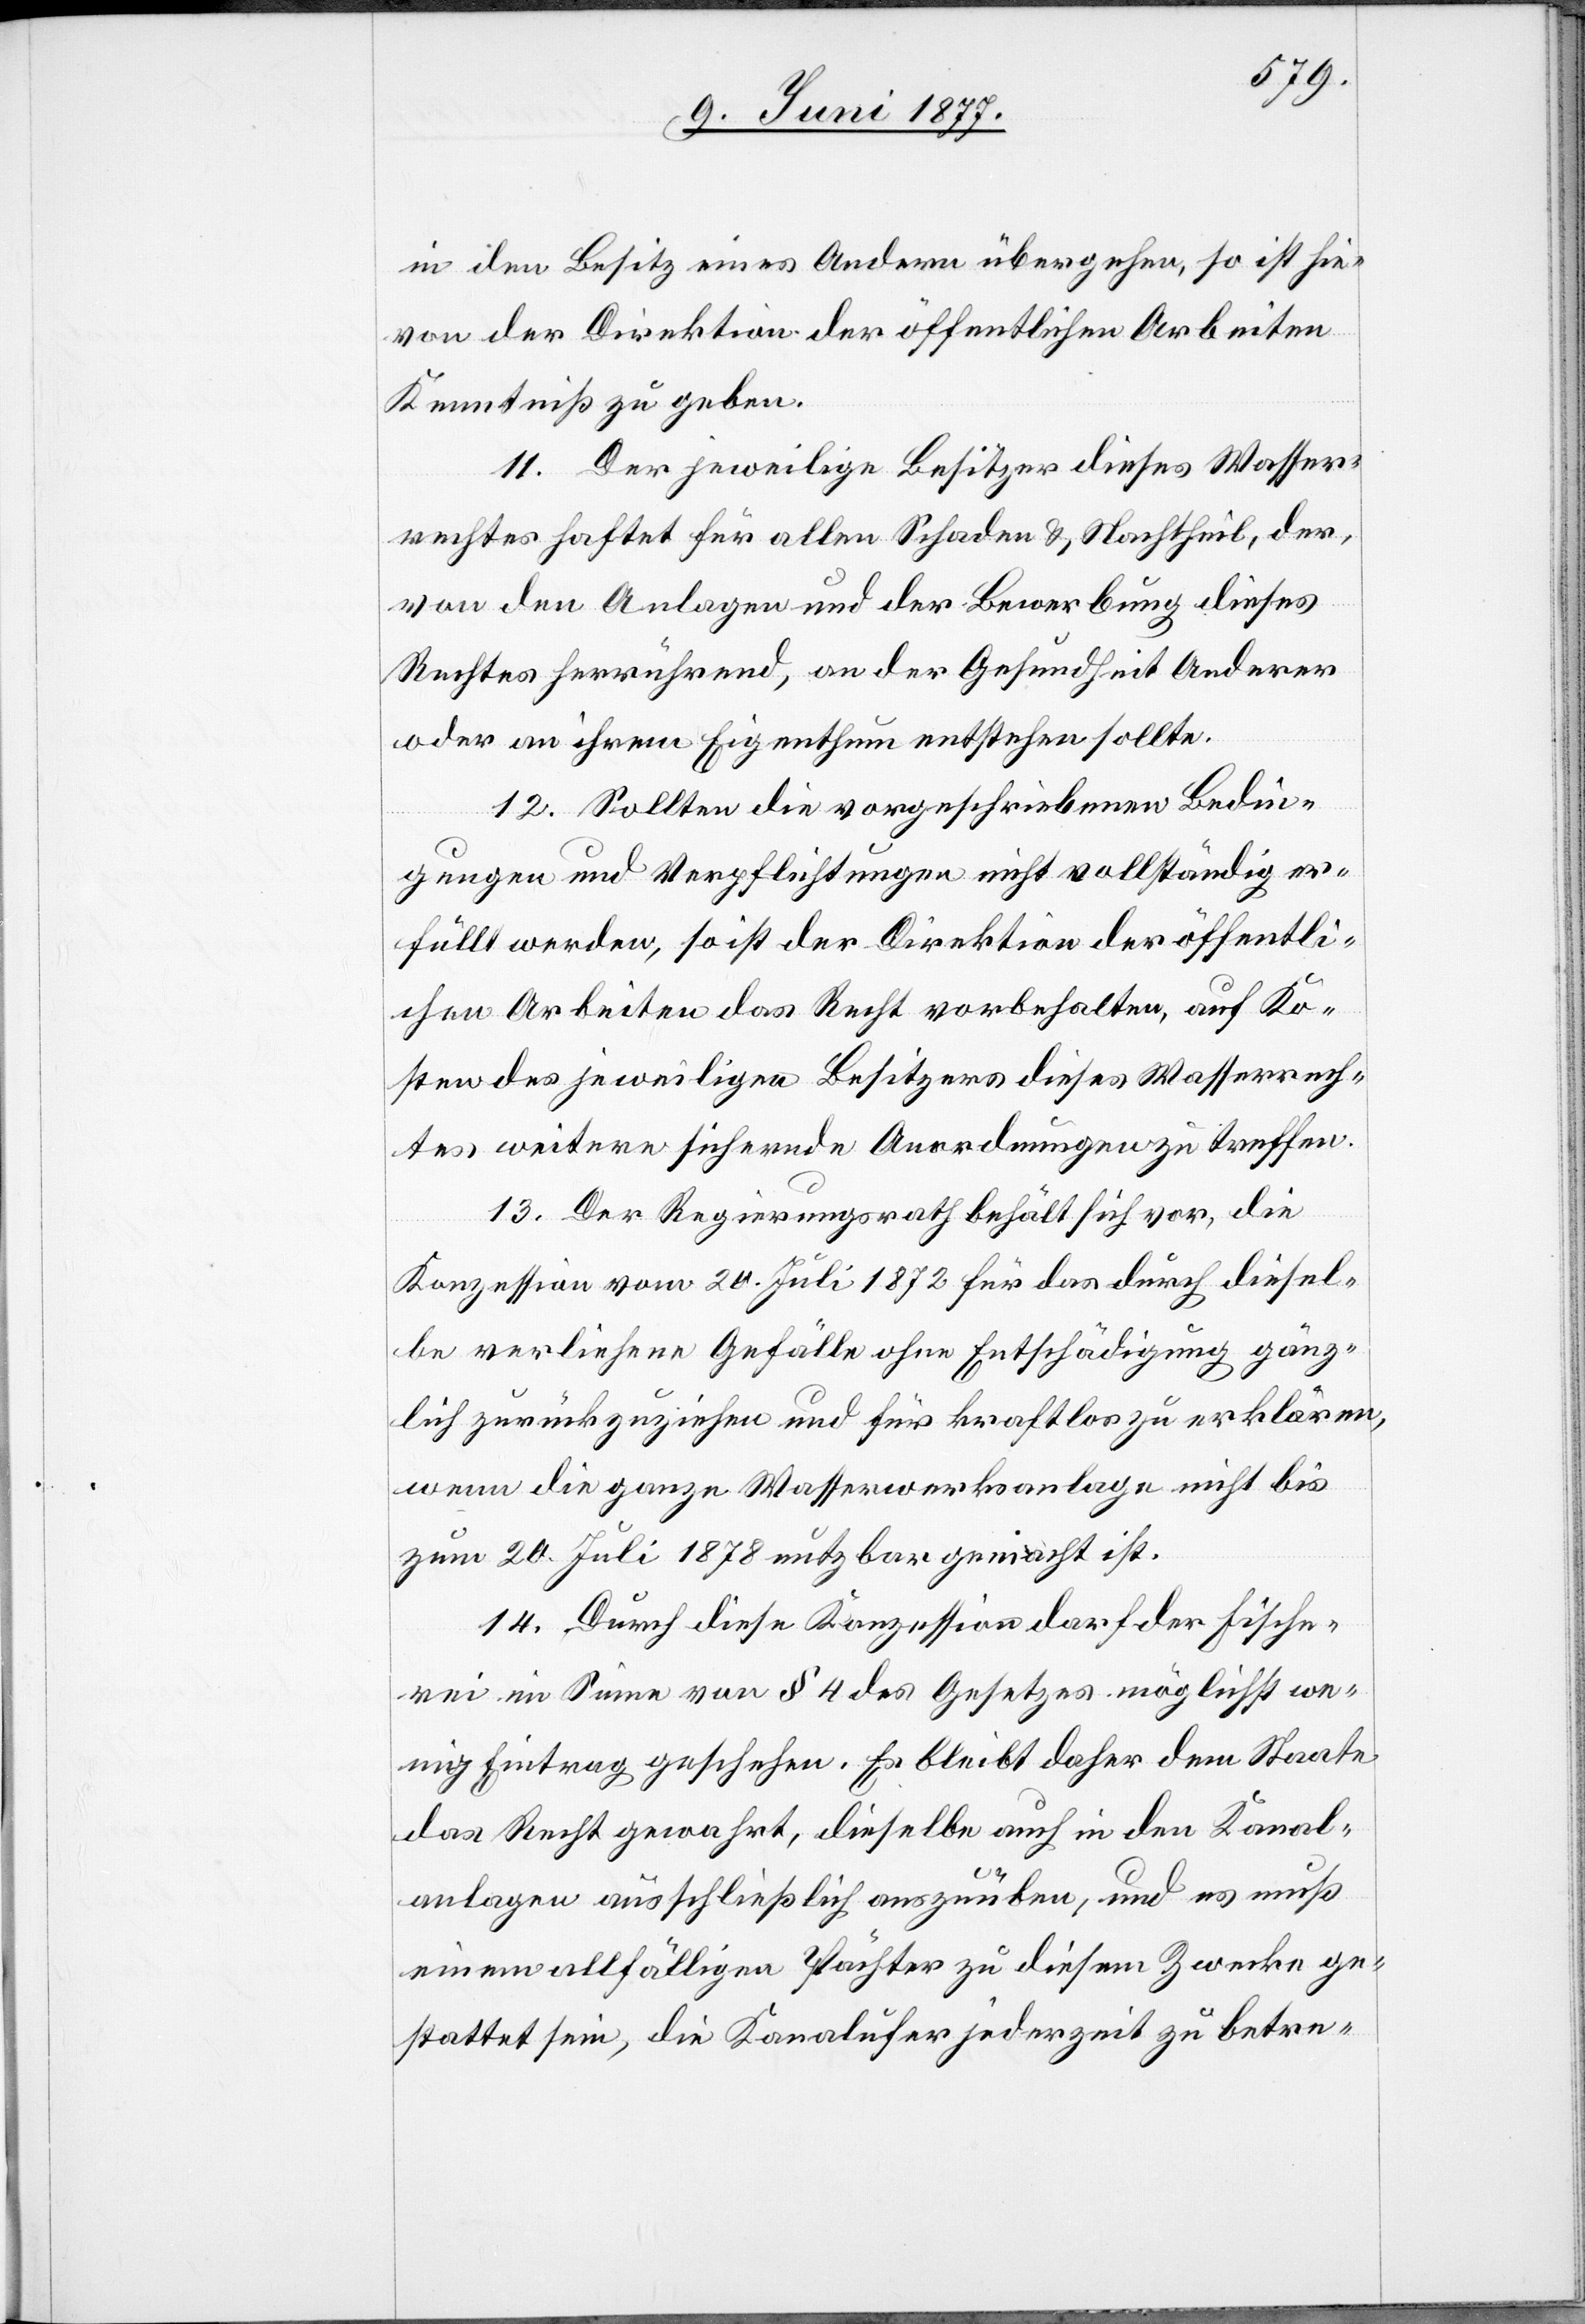
in den Besitz eines Andern übergehen, so ist hie¬
von der Direktion der öffentlichen Arbeiten
Kenntniß zu geben.
11. Der jeweilige Besitzer dieses Wasser¬
rechtes haftet für allen Schaden & Nachtheil, der,
von den Anlagen und der Bewerbung dieses
Rechtes herrührend, an der Gesundheit Anderer
oder an ihrem Eigenthum entstehen sollte.
12. Sollten die vorgeschriebenen Bedin¬
gungen und Verpflichtungen nicht vollständig er¬
füllt werden, so ist der Direktion der öffentli¬
chen Arbeiten das Recht vorbehalten, auf Ko¬
sten des jeweiligen Besitzers dieses Wasserrech¬
tes weitere sichernde Anordnungen zu treffen.
13. Der Regierungsrath behält sich vor, die
Konzession vom 20. Juli 1872 für das durch diesel¬
be verliehene Gefälle ohne Entschädigung gänz¬
lich zurückzuziehen und für kraftlos zu erklären,
wenn die ganze Wasserwerksanlage nicht bis
zum 20. Juli 1878 nutzbar gemacht ist.
14. Durch diese Konzession darf der Fische¬
rei im Sinne von § 4 des Gesetzes möglichst we¬
nig Eintrag geschehen. Es bleibt daher dem Staate
das Recht gewahrt, dieselbe auch in den Kanal¬
anlagen ausschließlich auszuüben, und es muß
einem allfälligen Pächter zu diesem Zwecke ge¬
stattet sein, die Kanalufer jederzeit zu betre-